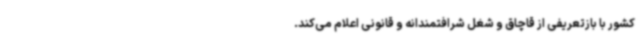
کشور با بازتعریفی از قاچاق و شغل شرافتمندانه و قانونی اعلام می‌کند.